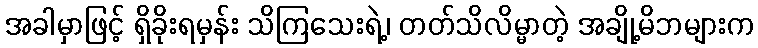
အခါမှာဖြင့် ရှိခိုးရမှန်း သိကြသေးရဲ့၊ တတ်သိလိမ္မာတဲ့ အချို့မိဘများက